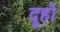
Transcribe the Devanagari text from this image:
दूहो